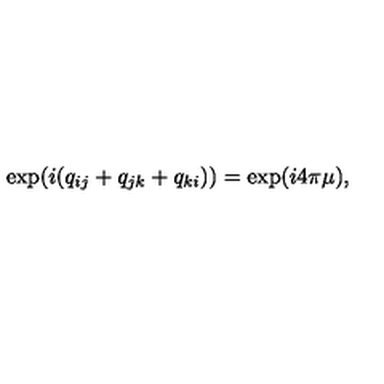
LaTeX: \exp ( i ( q _ { i j } + q _ { j k } + q _ { k i } ) ) = \exp ( i 4 \pi \mu ) ,